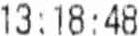
13:18:48